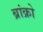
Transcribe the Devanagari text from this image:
ब्रांक्रो